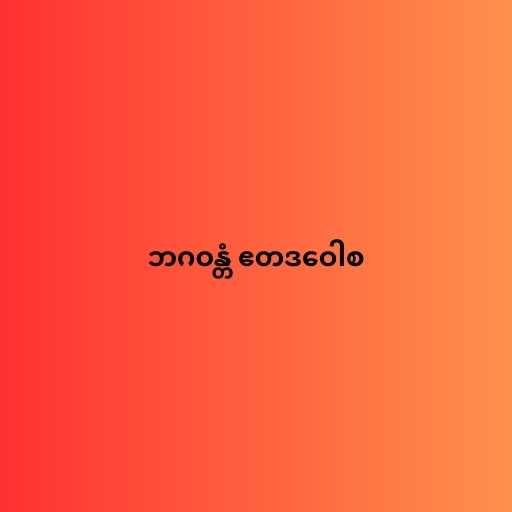
ဘဂဝန္တံ ဧတဒဝေါစ